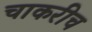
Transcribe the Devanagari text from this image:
चाकरीच